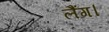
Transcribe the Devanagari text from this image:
लैंग।